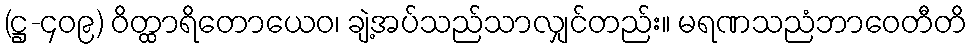
(ဋ္ဌ-၄၀၉) ဝိတ္ထာရိတောယေဝ၊ ချဲ့အပ်သည်သာလျှင်တည်း။ မရဏသညံဘာဝေတီတိ